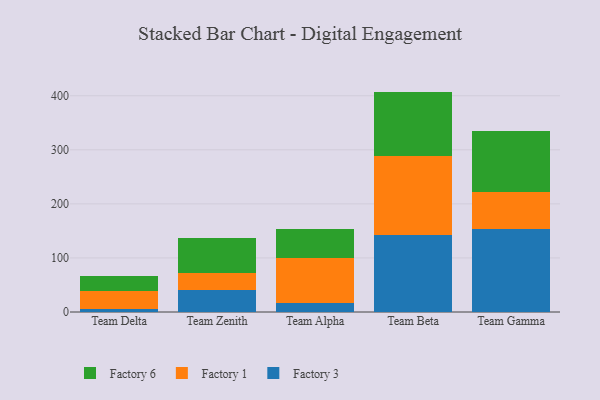
{"axis": {"x": "Team", "y": "Gross Profit (USD K)"}, "legend": ["Factory 1", "Factory 3", "Factory 6"], "data": [{"x": "Team Delta", "y": 6.1, "type": "Factory 3"}, {"x": "Team Delta", "y": 33.3, "type": "Factory 1"}, {"x": "Team Delta", "y": 27.9, "type": "Factory 6"}, {"x": "Team Zenith", "y": 41.3, "type": "Factory 3"}, {"x": "Team Zenith", "y": 30.0, "type": "Factory 1"}, {"x": "Team Zenith", "y": 66.1, "type": "Factory 6"}, {"x": "Team Alpha", "y": 16.8, "type": "Factory 3"}, {"x": "Team Alpha", "y": 82.7, "type": "Factory 1"}, {"x": "Team Alpha", "y": 53.5, "type": "Factory 6"}, {"x": "Team Beta", "y": 141.6, "type": "Factory 3"}, {"x": "Team Beta", "y": 147.1, "type": "Factory 1"}, {"x": "Team Beta", "y": 119.0, "type": "Factory 6"}, {"x": "Team Gamma", "y": 153.9, "type": "Factory 3"}, {"x": "Team Gamma", "y": 67.5, "type": "Factory 1"}, {"x": "Team Gamma", "y": 113.7, "type": "Factory 6"}]}